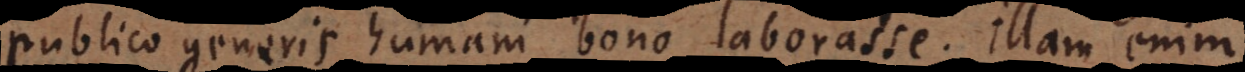
publico generis humani bono laborasse. Illam enim